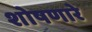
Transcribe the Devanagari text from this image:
शोषणारे